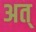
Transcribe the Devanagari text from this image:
अत्‌